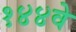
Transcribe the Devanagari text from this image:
१४४वे